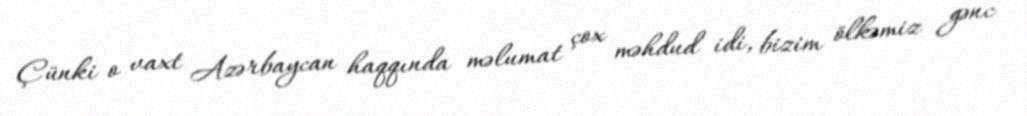
Çünki o vaxt Azərbaycan haqqında məlumat çox məhdud idi, bizim ölkəmiz gənc